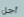
أجل